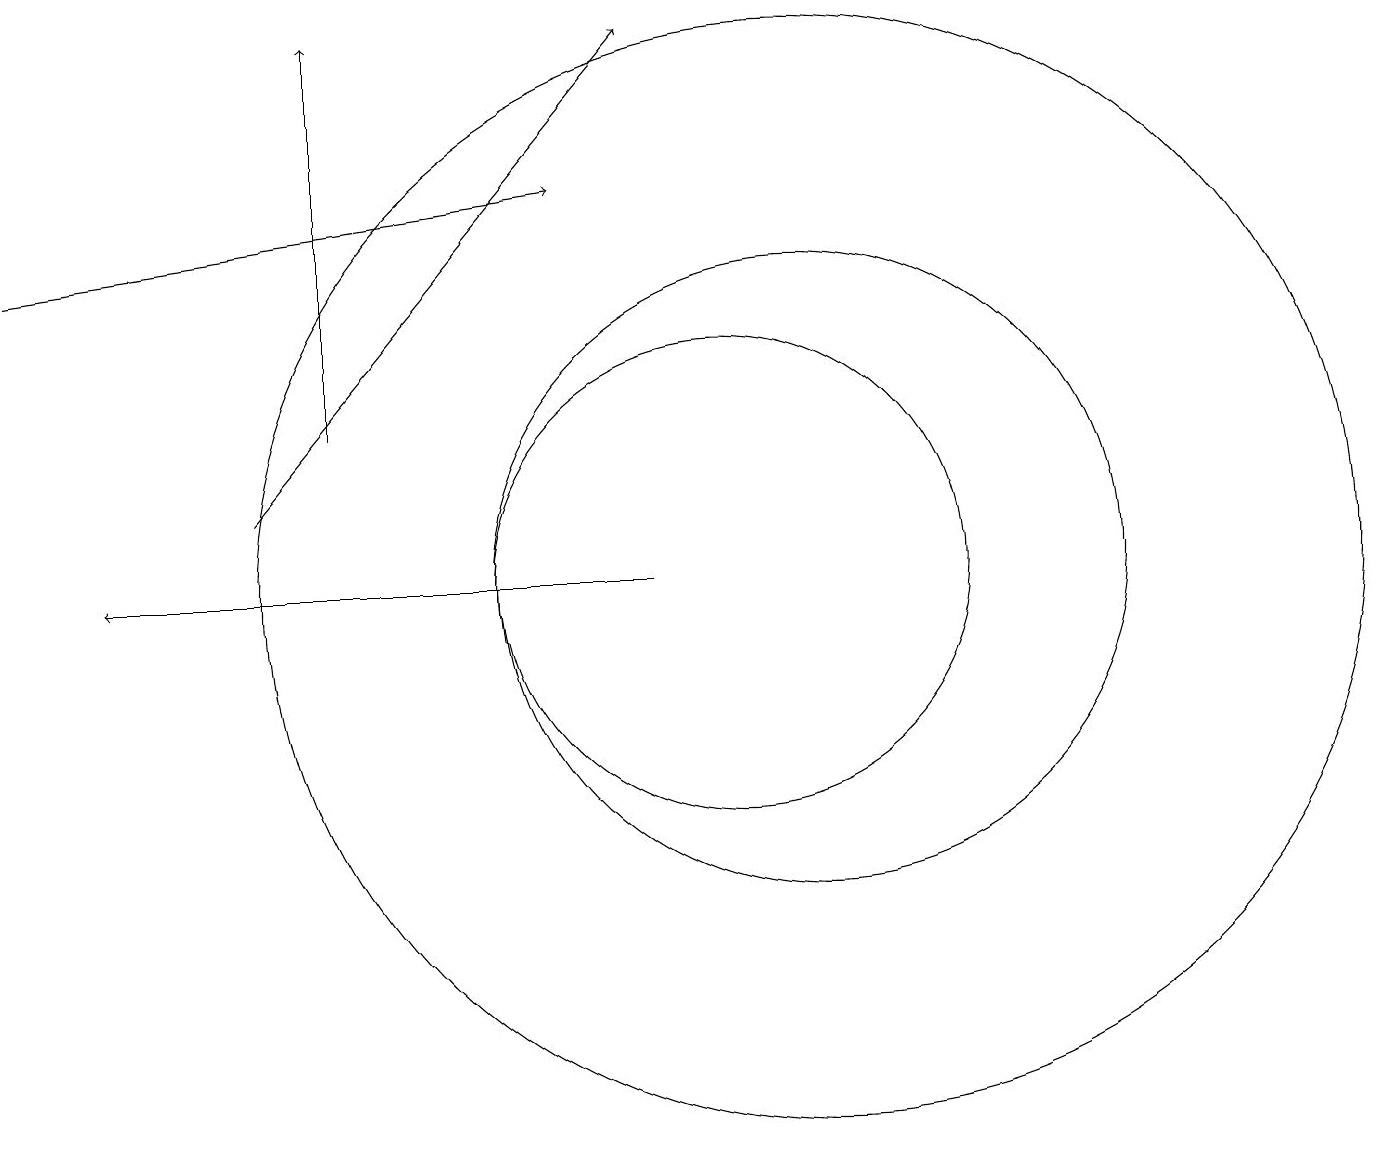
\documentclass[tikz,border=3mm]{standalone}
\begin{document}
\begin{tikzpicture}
\draw[->] (4,12) -- (9,18);
\draw (10,11) circle (3);
\draw[->] (5,13) -- (5,18);
\draw[->] (1,15) -- (8,16);
\draw[->] (9,11) -- (2,11);
\draw (11,11) circle (7);
\draw (11,11) circle (4);
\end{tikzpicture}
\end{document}